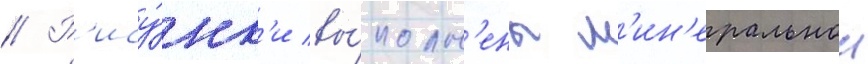
// Р'ису́нк'и вы́полн'ены м'ин'еральнои